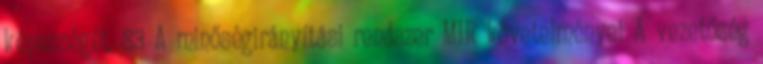
képességét. 83 A minőségirányítási rendszer MIR követelményei A vezetőség